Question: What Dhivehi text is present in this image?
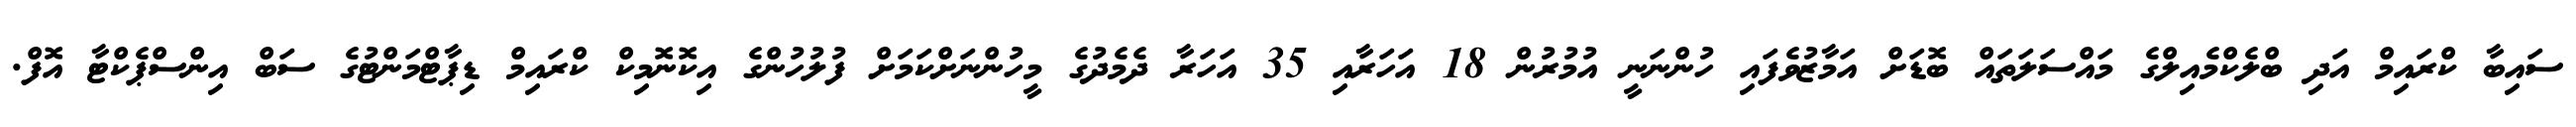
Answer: ސައިބާ ކްރައިމް އަދި ބްލެކްމެއިލްގެ މައްސަލަތައް ބޮޑަށް އަމާޒުވެފައި ހުންނަނީ އުމުރުން 18 އަހަރާއި 35 އަހަރާ ދެމެދުގެ މީހުންނަށްކަމަށް ފުލުހުންގެ އިކޮނޮމިކް ކްރައިމް ޑިޕާޓްމަންޓުގެ ސަބް އިންސްޕެކްޓާ އޮފް.